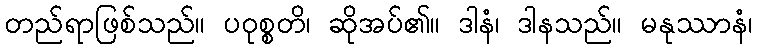
တည်ရာဖြစ်သည်။ ပဝုစ္စတိ၊ ဆိုအပ်၏။ ဒါနံ၊ ဒါနသည်။ မနုဿာနံ၊